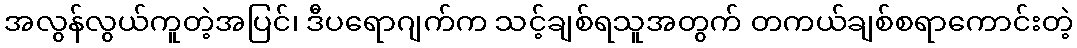
အလွန်လွယ်ကူတဲ့အပြင်၊ ဒီပရောဂျက်က သင့်ချစ်ရသူအတွက် တကယ်ချစ်စရာကောင်းတဲ့